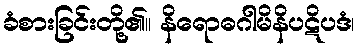
ခံစားခြင်းတို့၏။ နိရောဓဂါမိနိပဋိပဒံ၊